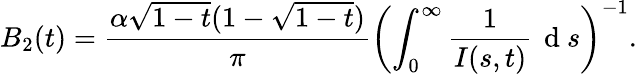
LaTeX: B_{2}(t)=\frac{\alpha\sqrt{1-t}(1-\sqrt{1-t})}{\pi}\left(\int_{0}^{\infty}\frac{1}{I(s,t)}\, \mathrm{~d~}s\right)^{-1}.